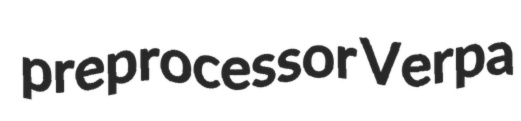
preprocessor Verpa